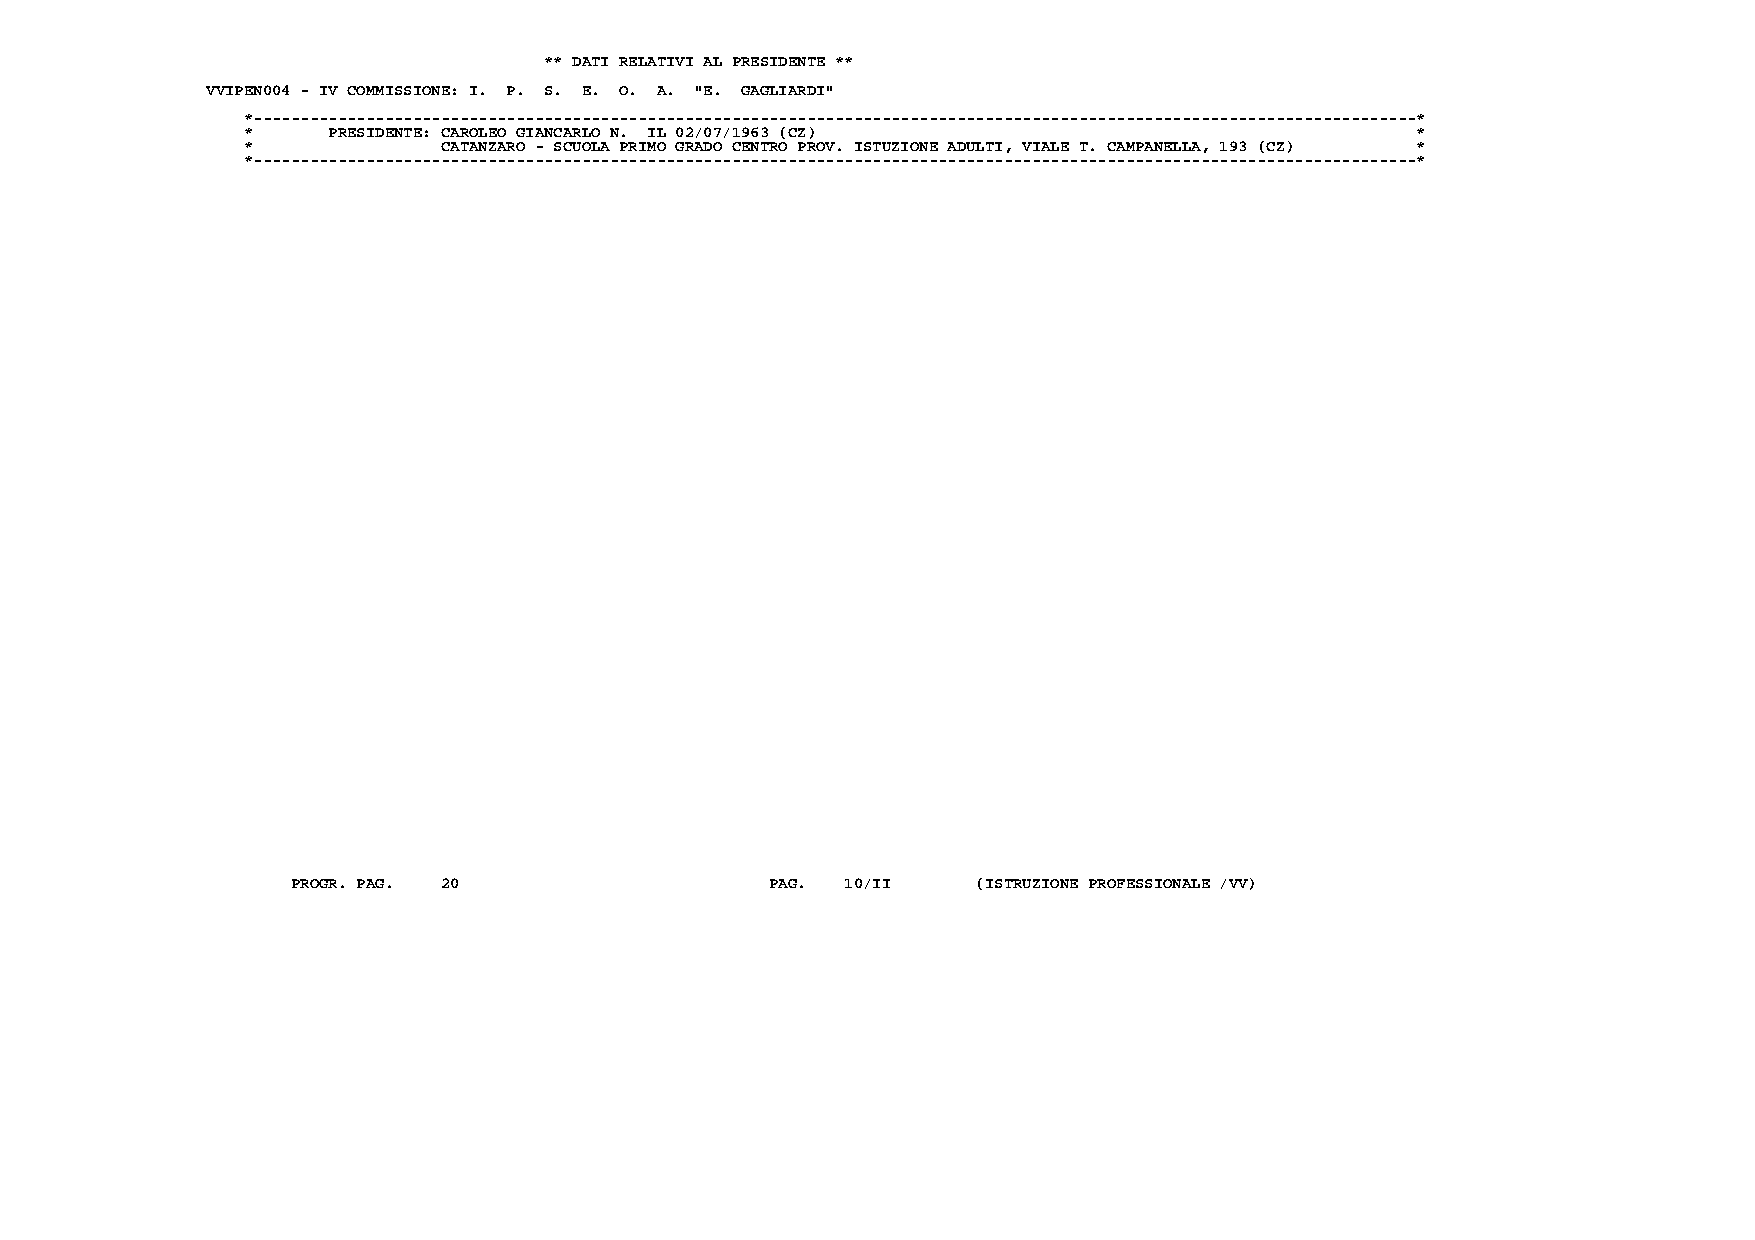
** DATI RELATIVI AL PRESIDENTE **
 VVIPEN004 - IV COMMISSIONE: I. P. S. E. O. A. "E. GAGLIARDI"
 *----------------------------------------------------------------------------------------------------------------------------*
 *     PRESIDENTE: CAROLEO GIANCARLO N. IL 02/07/1963 (CZ)                     *
 *            CATANZARO - SCUOLA PRIMO GRADO CENTRO PROV. ISTUZIONE ADULTI, VIALE T. CAMPANELLA, 193 (CZ) *
 *----------------------------------------------------------------------------------------------------------------------------*
 PROGR. PAG. 20                  PAG. 10/II    (ISTRUZIONE PROFESSIONALE /VV)